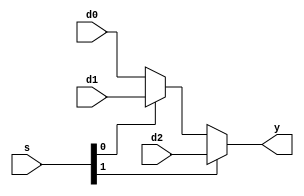
module mux3 #(parameter WIDTH = 8)
                     (output [WIDTH-1:0] y,
                         input  [WIDTH-1:0] d0, d1, d2,
                         input  [1:0]       s);
     assign y = s[1] ? d2 : (s[0] ? d1 : d0);
endmodule


// To call this module:
//  mux3 #(32)   mux(In1, In2, In3, ContSelector, OutB);